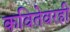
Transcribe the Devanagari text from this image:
कवितेवरही